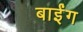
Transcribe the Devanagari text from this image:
बाईंग